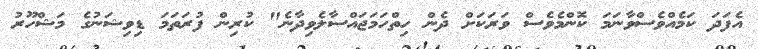
އެފަދަ ކަމެއްވެސްވާނަމަ ކޮންމެވެސް ވަރަކަށް ދެން ހިތްހަމަޖައްސާލެވިދާނެ" ކުރިން ފުރަތަމަ ޑިވިޝަނުގެ މަޝްހޫރު